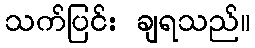
သက်ပြင်း ချရသည်။